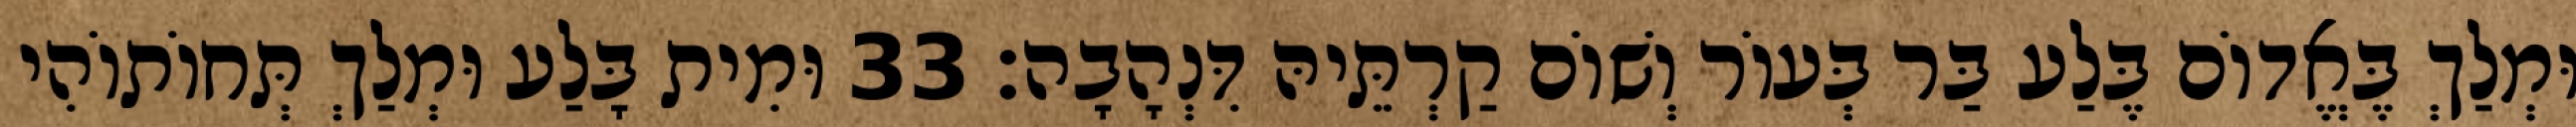
וּמְלַךְ בֶּאֱדוֹם בֶּלַע בַּר בְּעוֹר וְשׁוֹם קַרְתֵּיהּ דִּנְהָבָה׃ 33 וּמִית בָּלַע וּמְלַךְ תְּחוֹתוֹהִי